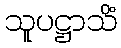
သူပဋ္ဌာသိံ